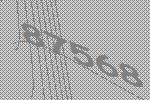
87568